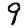
Digit: 9